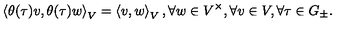
\left\langle \theta ( \tau ) v , \theta ( \tau ) w \right\rangle _ { V } = \left\langle v , w \right\rangle _ { V } , \forall w \in V ^ { \times } , \forall v \in V , \forall \tau \in G _ { \pm } .